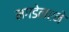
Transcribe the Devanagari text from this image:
मगडेलएने